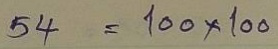
54 = 100x100